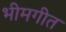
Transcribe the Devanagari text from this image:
भीमगीत